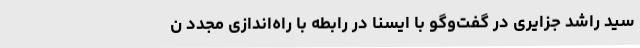
سید راشد جزایری در گفت‌وگو با ایسنا در رابطه با راه‌اندازی مجدد ن